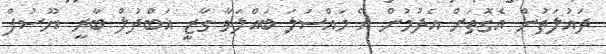
ދައުލަތުން އެގޮތަށް އެދުމުން އެ މައްސަލަ ބައްލަވާ ގާޒީ އަބްދުލް ބާރީ ޔޫސުފް